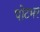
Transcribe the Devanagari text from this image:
पोटभर